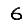
Digit: 6